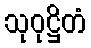
သုဝုဋ္ဌိတံ